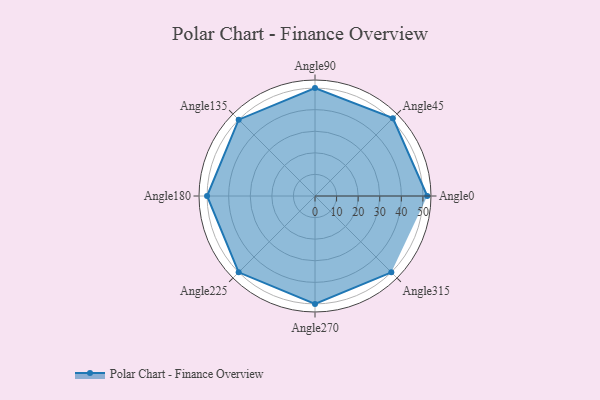
{"axis": {"x": "Angle", "y": "Radius"}, "legend": [""], "data": [{"x": "Angle0", "y": 52.0, "type": ""}, {"x": "Angle45", "y": 51.0, "type": ""}, {"x": "Angle90", "y": 50, "type": ""}, {"x": "Angle135", "y": 50.0, "type": ""}, {"x": "Angle180", "y": 50, "type": ""}, {"x": "Angle225", "y": 50, "type": ""}, {"x": "Angle270", "y": 50, "type": ""}, {"x": "Angle315", "y": 50, "type": ""}]}